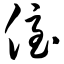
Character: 侄